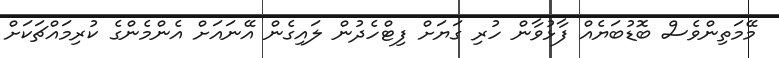
މޭމަތިންވެސް ބޮޑުބަޔެއް ފާޅުވާން ހުރި ގަޔަށް ފިޓްހެދުން ލައިގެން އޭނައަށް އެންމެންގެ ކުރިމައްޗަކަށް